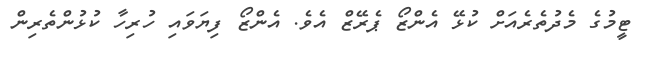
ޓީމުގެ މެދުތެރެއަށް ކުޅޭ އެންޒޯ ޕެރޭޒް އެވެ. އެންޒޯ ފިޔަވައި ހުރިހާ ކުޅުންތެރިން